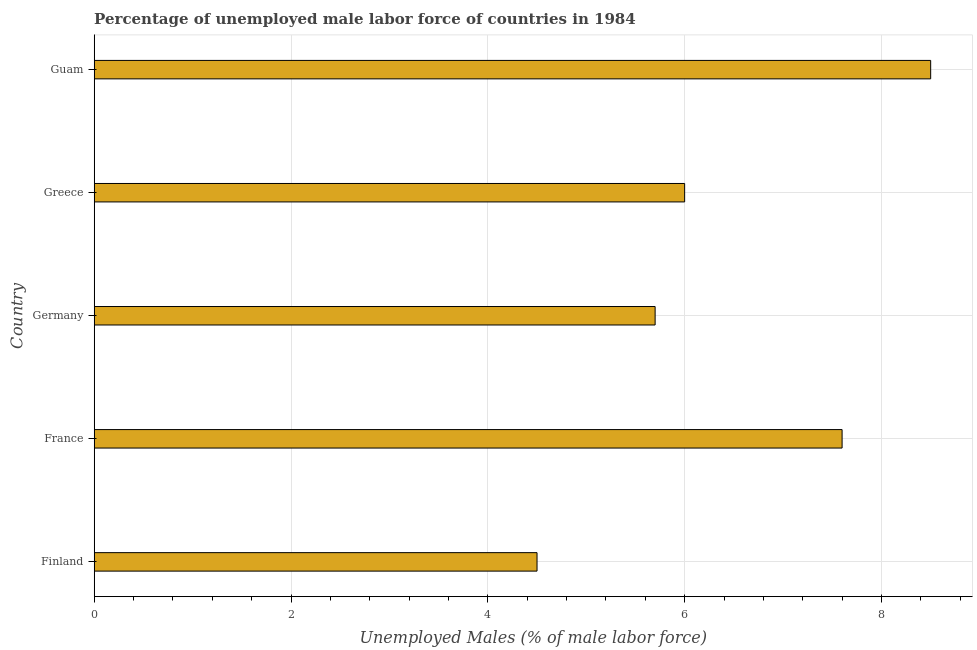
| Country | Unemployment male |
 | --- | --- |
 | Finland | 4.5 |
 | France | 7.6 |
 | Germany | 5.7 |
 | Greece | 6 |
 | Guam | 8.5 |